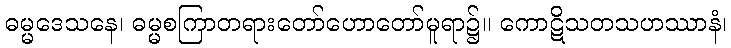
ဓမ္မဒေသနေ၊ ဓမ္မစကြာတရားတော်ဟောတော်မူရာ၌။ ကောဋိသတသဟဿာနံ၊